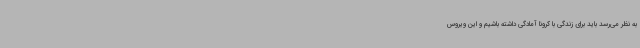
به نظر می‌رسد باید برای زندگی با کرونا آمادگی داشته باشیم و این ویروس